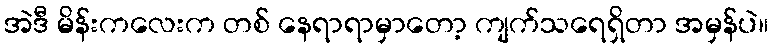
အဲဒီ မိန်းကလေးက တစ် နေရာရာမှာတော့ ကျက်သရေရှိတာ အမှန်ပဲ။